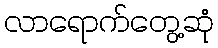
လာရောက်တွေ့ဆုံ